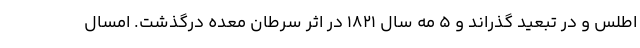
اطلس و در تبعید گذراند و ۵ مه سال ۱۸۲۱ در اثر سرطان معده درگذشت. امسال